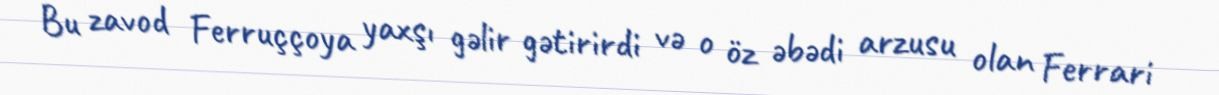
Bu zavod Ferruççoya yaxşı gəlir gətirirdi və o öz əbədi arzusu olan Ferrari